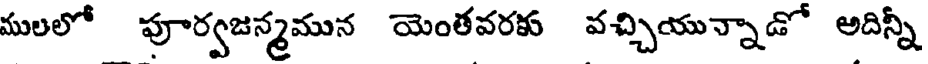
ములలో పూర్వజన్మమున యెంతవరకు వచ్చియున్నాడో అదిన్నీ